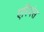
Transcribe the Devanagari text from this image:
एरियंस